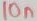
Text: 10n